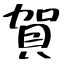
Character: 賀